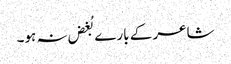
شاعر کے بارے بُغض نہ ہو۔